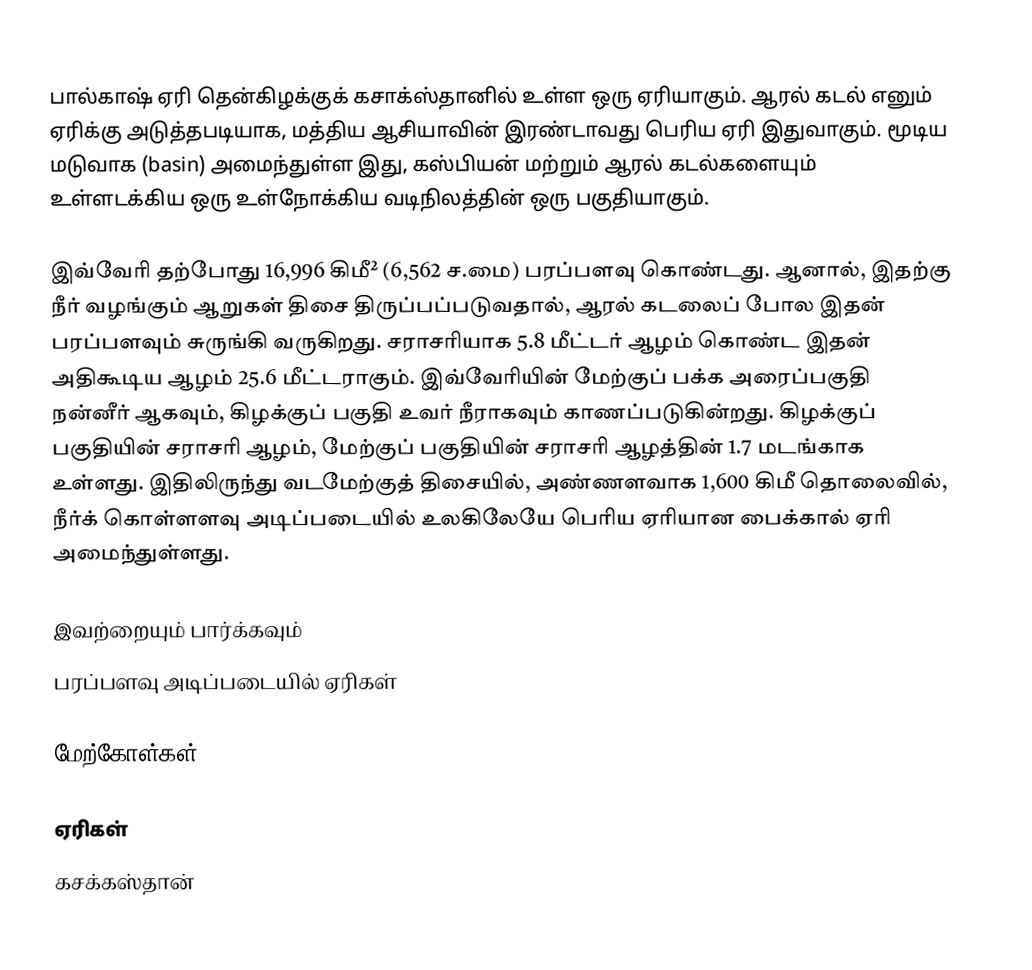
பால்காஷ் ஏரி தென்கிழக்குக் கசாக்ஸ்தானில் உள்ள ஒரு ஏரியாகும். ஆரல் கடல் எனும் ஏரிக்கு அடுத்தபடியாக, மத்திய ஆசியாவின் இரண்டாவது பெரிய ஏரி இதுவாகும். மூடிய மடுவாக (basin) அமைந்துள்ள இது, கஸ்பியன் மற்றும் ஆரல் கடல்களையும் உள்ளடக்கிய ஒரு உள்நோக்கிய வடிநிலத்தின் ஒரு பகுதியாகும்.

இவ்வேரி தற்போது 16,996 கிமீ² (6,562 ச.மை) பரப்பளவு கொண்டது. ஆனால், இதற்கு நீர் வழங்கும் ஆறுகள் திசை திருப்பப்படுவதால், ஆரல் கடலைப் போல இதன் பரப்பளவும் சுருங்கி வருகிறது. சராசரியாக 5.8 மீட்டர் ஆழம் கொண்ட இதன் அதிகூடிய ஆழம் 25.6 மீட்டராகும். இவ்வேரியின் மேற்குப் பக்க அரைப்பகுதி நன்னீர் ஆகவும், கிழக்குப் பகுதி உவர் நீராகவும் காணப்படுகின்றது. கிழக்குப் பகுதியின் சராசரி ஆழம், மேற்குப் பகுதியின் சராசரி ஆழத்தின் 1.7 மடங்காக உள்ளது. இதிலிருந்து வடமேற்குத் திசையில், அண்ணளவாக 1,600 கிமீ தொலைவில், நீர்க் கொள்ளளவு அடிப்படையில் உலகிலேயே பெரிய ஏரியான பைக்கால் ஏரி அமைந்துள்ளது.

இவற்றையும் பார்க்கவும்
 பரப்பளவு அடிப்படையில் ஏரிகள்

மேற்கோள்கள்

ஏரிகள்
கசக்கஸ்தான்